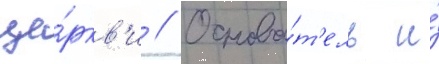
це́ркв'и // Основа́т'ель и́